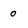
Character: 0